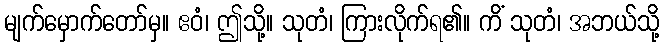
မျက်မှောက်တော်မှ။ ဧဝံ၊ ဤသို့။ သုတံ၊ ကြားလိုက်ရ၏။ ကိံ သုတံ၊ အဘယ်သို့